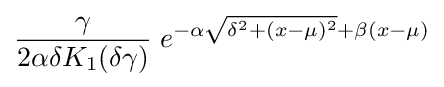
{\frac {\gamma }{2\alpha \delta K_{1}(\delta \gamma )}}\;e^{-\alpha {\sqrt {\delta ^{2}+(x-\mu )^{2}}}+\beta (x-\mu )}